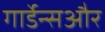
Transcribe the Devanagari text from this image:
गार्डेन्सऔर